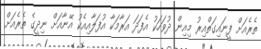
ތެރެއަށް ފީނައިގަތްއިރު މިއިން ދުވަހަކު އެފަދަ އަރާމަކާ އުފަލާއިއެކު އޭނާއަށް ނިދީގެ ތެރެއަށް